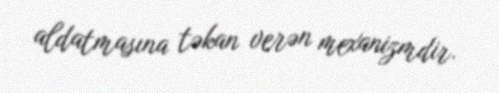
aldatmasına təkan verən mexanizmdir.